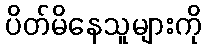
ပိတ်မိနေသူများကို